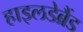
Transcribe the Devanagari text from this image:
हाइलडेब्रैंड